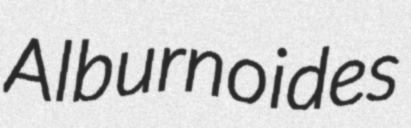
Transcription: Alburnoides